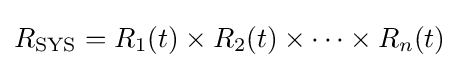
R_{\text{SYS}}=R_{1}(t)\times R_{2}(t)\times \cdots \times R_{n}(t)